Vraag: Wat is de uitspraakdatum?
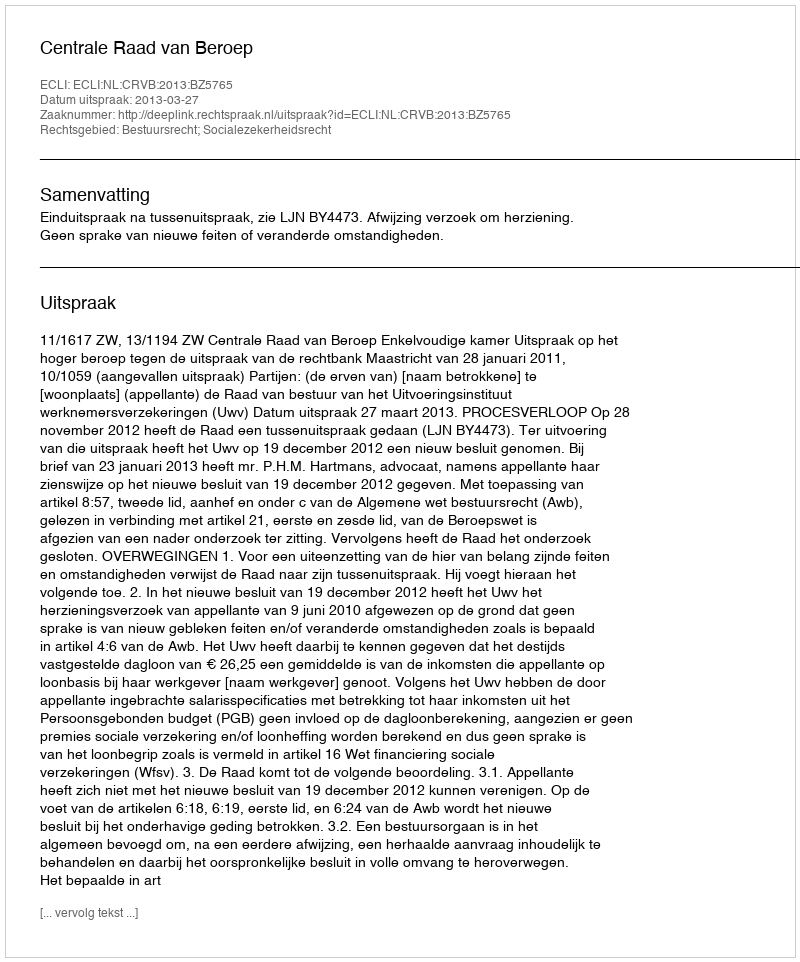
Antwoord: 2013-03-27